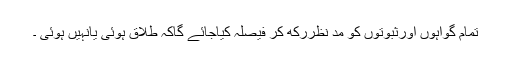
تمام گواہوں اورثبوتوں کو مد نظررکھ کر فیصلہ کیاجائے گاکہ طلاق ہوئی یانہیں ہوئی ۔